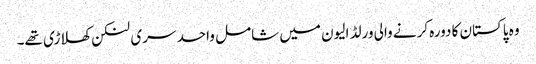
وہ پاکستان کا دورہ کرنے والی ورلڈ الیون میں شامل واحد سری لنکن کھلاڑی تھے۔